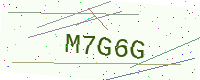
Text: M7G6G